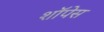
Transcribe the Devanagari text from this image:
शॉपेस